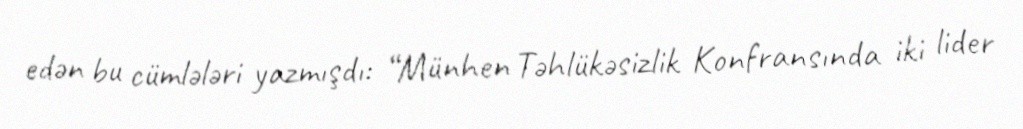
edən bu cümlələri yazmışdı: “Münhen Təhlükəsizlik Konfransında iki lider